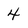
Character: 4